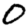
Digit: 0